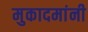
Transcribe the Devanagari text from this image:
मुकादमांनी